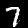
Label: 7